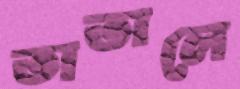
তাতালে